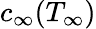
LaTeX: c_{\infty}(T_{\infty})